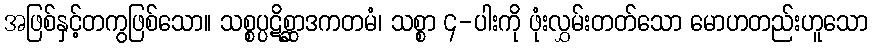
အဖြစ်နှင့်တကွဖြစ်သော။ သစ္စပ္ပဋိစ္ဆာဒကတမံ၊ သစ္စာ ၄-ပါးကို ဖုံးလွှမ်းတတ်သော မောဟတည်းဟူသော